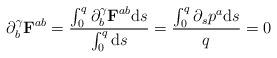
LaTeX: \begin{align*} \partial_b^\gamma \textbf{F}^{ab} = \frac{\int_0^q\partial_b^\gamma \textbf{F}^{ab}\hbox{d}s}{\int_0^q\hbox{d}s} = \frac{\int_0^q\partial_sp^a \hbox{d}s}{q} = 0\end{align*}